Annual administration report of the Bombay Presidency - 1887-1892
Year: 1887
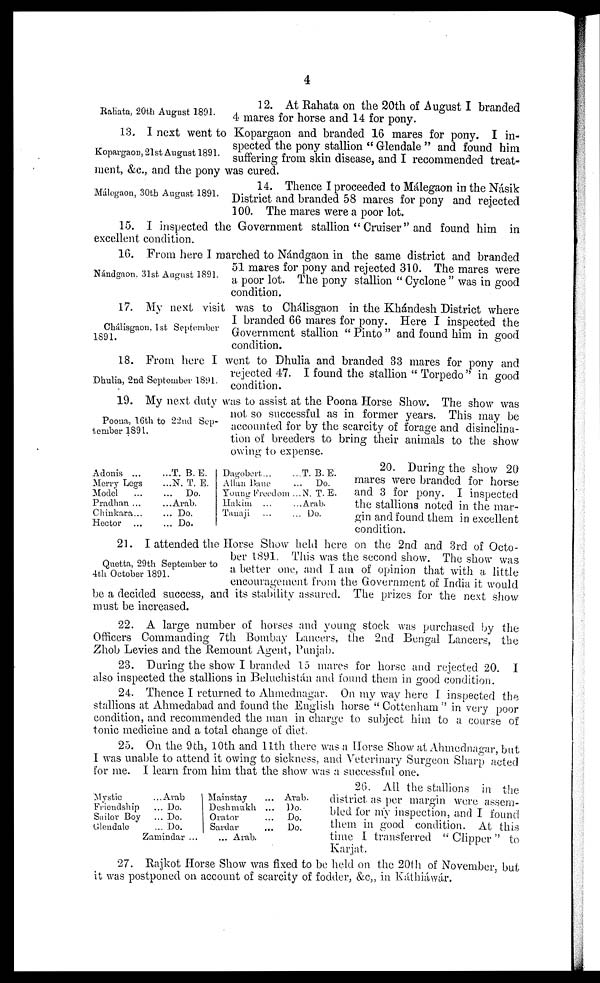
4
Rahata, 20th August 1891.
12. At Rahata on the 20th of August I branded
4 mares for horse and 14 for pony.
Kopargaon, 21st August 1891.
13. I next went to Kopargaon and branded 16 mares for pony. I in-
spected the pony stallion "Glendale" and found him
suffering from skin disease, and I recommended treat-
ment, &c., and the pony was cured.
Málegaon, 30th August 1891.
14. Thence I proceeded to Málegaon in the Násik
District and branded 58 mares for pony and rejected
100. The mares were a poor lot.
15. I inspected the Government stallion "Cruiser" and found him in
excellent condition.
Nándgaon. 31st August 1891.
16. From here I marched to Nándgaon in the same district and branded
51 mares for pony and rejected 310. The mares were
a poor lot. The pony stallion "Cyclone" was in good
condition.
Chálisgaon. 1st September
1891.
17. My next visit was to Chálisgaon in the Khándesh District where
I branded 66 mares for pony. Here I inspected the
Government stallion "Pinto" and found him in good
condition.
Dhulia, 2nd September 1891.
18. From here I went to Dhulia and branded 33 mares for pony and
rejected 47. I found the stallion "Torpedo" in good
condition.
Poona, 16th to 22nd Sep-
tember 1891.
19. My next duty was to assist at the Poona Horse Show. The show was
not so successful as in former years. This may be
accounted for by the scarcity of forage and disinclina-
tion of breeders to bring their animals to the show
owing to expense.
Adonis ... ...
Merry Logs ...
Model
... ...
Pradhan ... ...
Chinkara ... ...
Hector ... ...
T. B. E.
N. T. E.
Do.
Arab.
Do.
Do.
Dagobert ... ...
Allan Bane ...
Young Freedom ...
Hakim ... ...
Tanaji ... ...
T. B. E.
Do.
N. T. E.
Arab.
Do.
20. During the show 20
mares were branded for horse
and 3 for pony. I inspected
the stallions noted in the mar-
gin and found them in excellent
condition.
Quetta, 29th September to
4th October 1891.
21. I attended the Horse Show held here on the 2nd and 3rd of Octo-
ber 1891. This was the second show. The show was
a better one, and I am of opinion that with a little
encouragement from the Government of India it would
be a decided success, and its stability assured. The prizes for the next show
must be increased.
22. A large number of horses and young stock was purchased by the
Officers Commanding 7th Bombay Lancers, the 2nd Bengal Lancers, the
Zhob Levies and the Remount Agent, Punjab.
23. During the show I branded 15 mares for horse and rejected 20. I
also inspected the stallions in Beluchistán and found them in good condition.
24. Thence I returned to Ahmednagar. On my way here I inspected the
stallions at Ahmedabad and found the English horse "Cottenham" in very poor
condition, and recommended the man in charge to subject him to a course of
tonic medicine and a total change of diet.
25. On the 9th, 10th and 11th there was a Horse Show at Ahmednagar, but
I was unable to attend it owing to sickness, and Veterinary Surgeon Sharp acted
for me. I learn from him that the show was a successful one.
Mystic ... ...
Friendship ... ...
Sailor Boy ... ...
Glendale ... ...
Arab
Do.
Do.
Do.
Mainstay ...
Deshmukh ...
Orator ...
Sardar ...
Arab.
Do.
Do.
Do.
Ziamindar ... ...
Arab.
26. All the stallions in the
district as per margin were assem-
bled for my inspection, and I found
them in good condition. At this
time I transferred "Clipper" to
Karjat.
27. Rajkot Horse Show was fixed to be held on the 20th of November, but
it was postponed on account of scarcity of fodder, &c., in Káthiáwár.